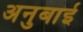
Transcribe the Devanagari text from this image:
अनुबाई